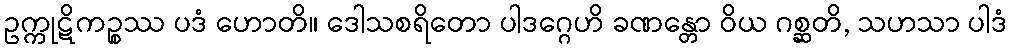
ဥက္ကုဋိကဉ္စဿ ပဒံ ဟောတိ။ ဒေါသစရိတော ပါဒဂ္ဂေဟိ ခဏန္တော ဝိယ ဂစ္ဆတိ, သဟသာ ပါဒံ